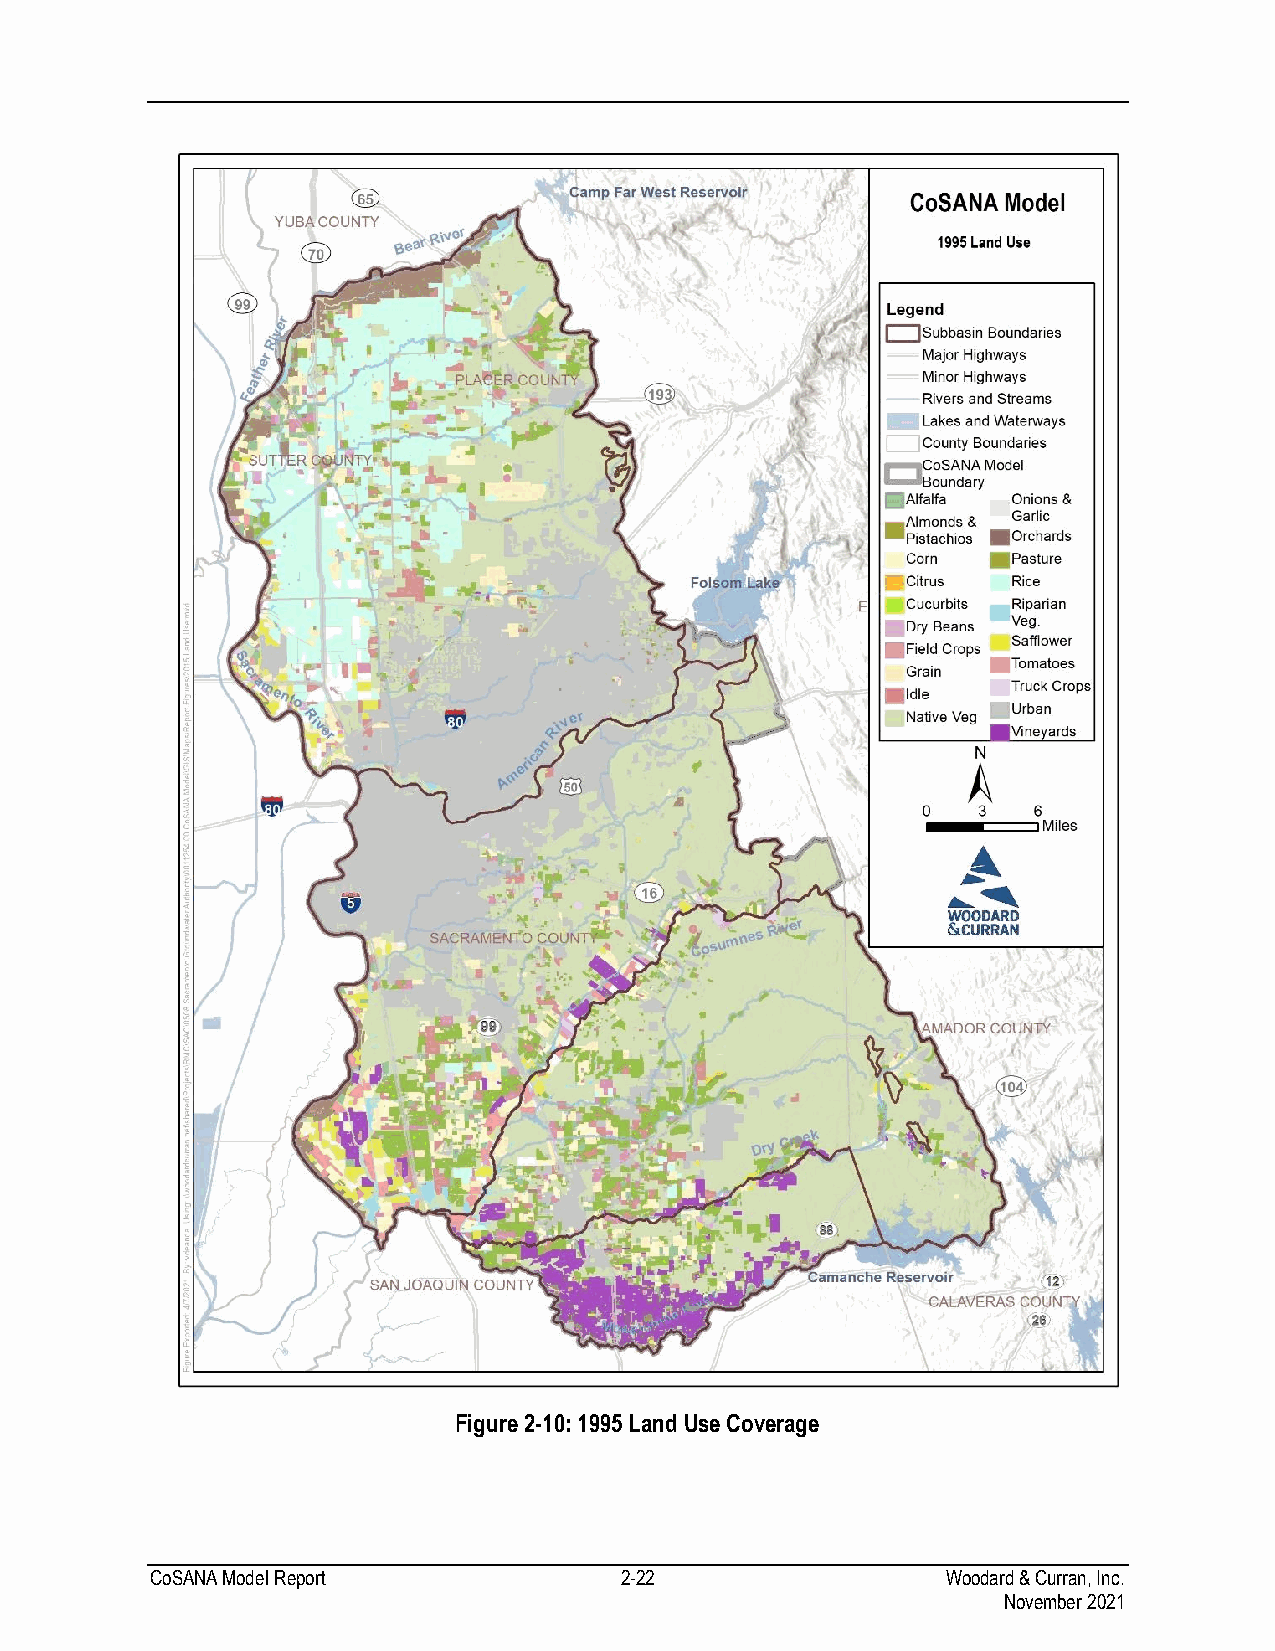
Figure 2-10: 1995 Land Use Coverage
 CoSANA Model Report            2-22                  Woodard & Curran, Inc.
 November 2021